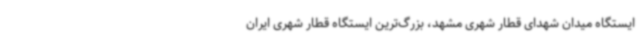
ایستگاه میدان شهدای قطار شهری مشهد، بزرگ‌ترین ایستگاه قطار شهری ایران